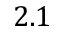
2 . 1